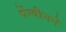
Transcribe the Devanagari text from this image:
पेंग्वीनने